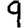
Digit: 9